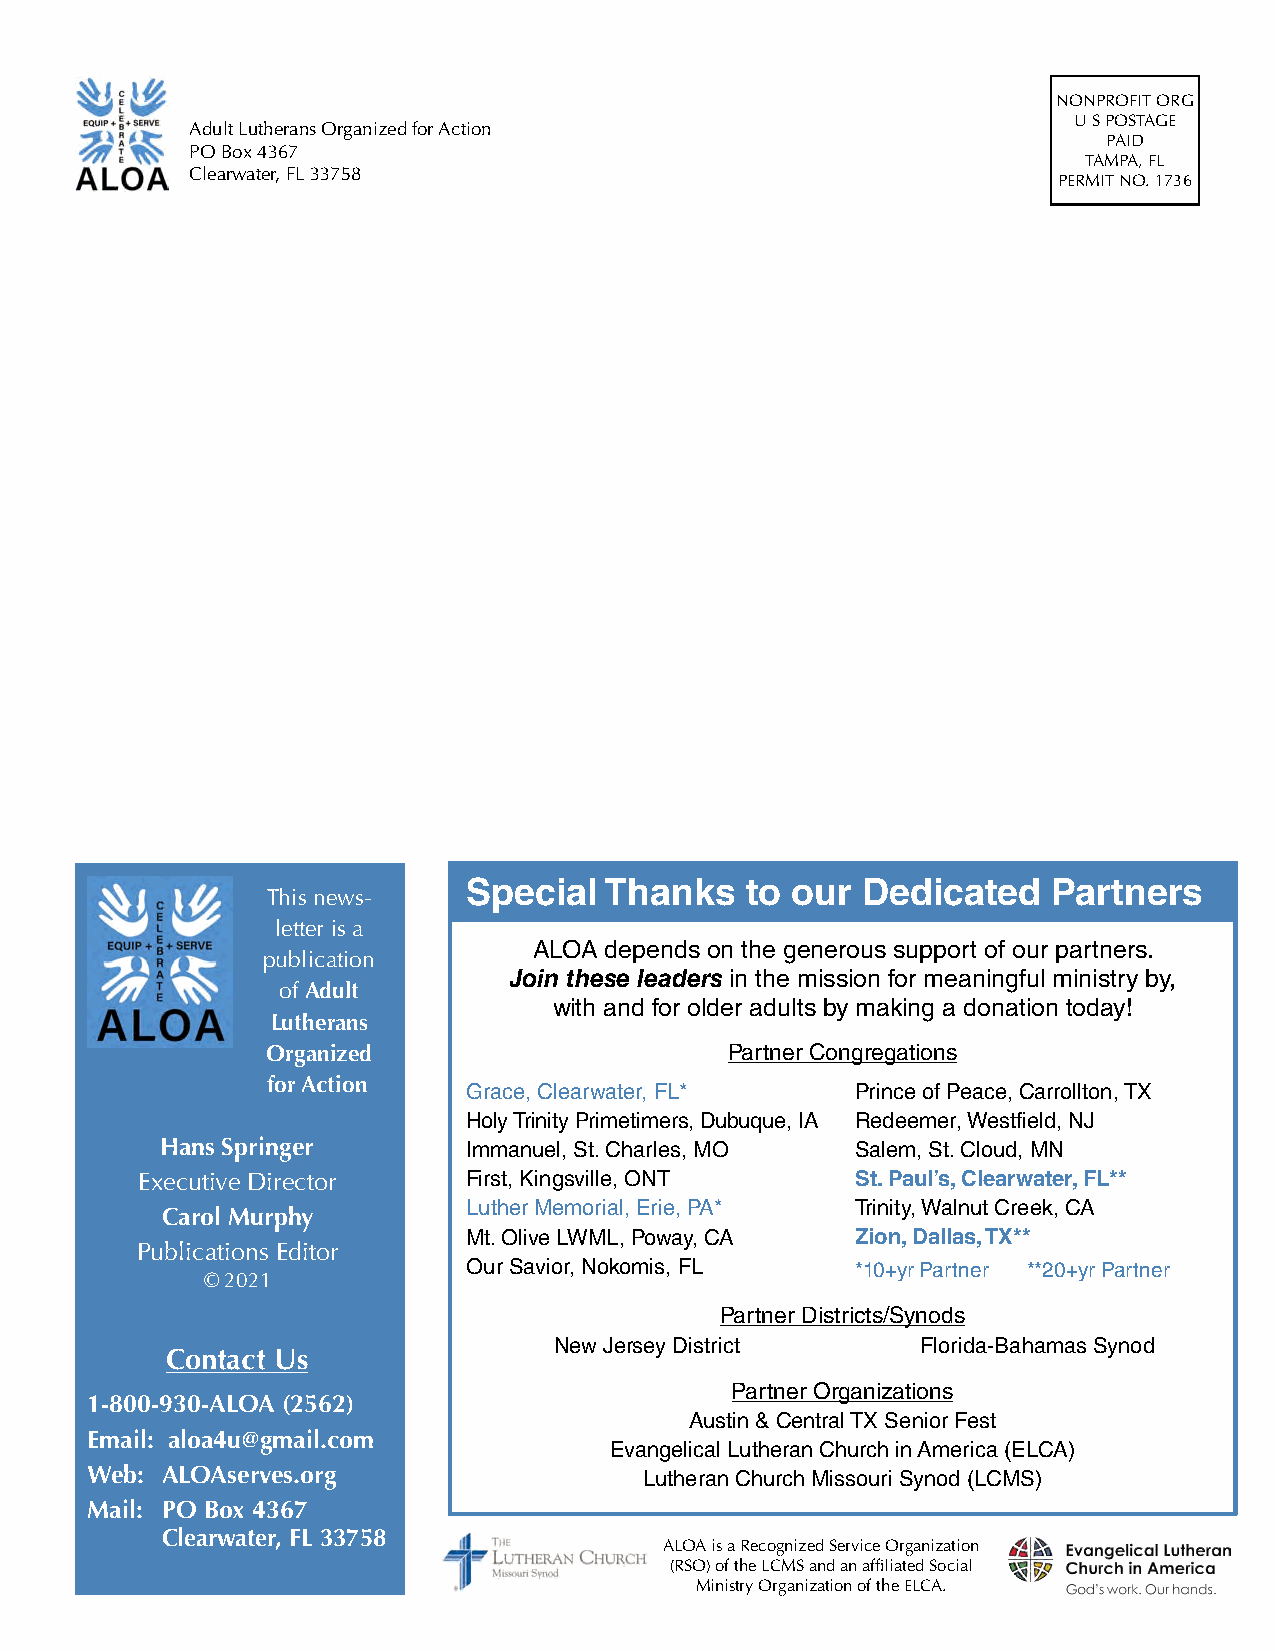
NONPROFIT ORG
 U S POSTAGE
 Adult Lutherans Organized for Action
 PAID
 PO Box 4367
 TAMPA, FL
 Clearwater, FL 33758
 PERMIT NO. 1736
 Special  Thanks   to our  Dedicated    Partners
 This news-
 letter is a
 ALOA depends on the generous support of our partners.
 publication
 Join these leaders in the mission for meaningful ministry by,
 of Adult
 with and for older adults by making a donation today!
 Lutherans
 Organized                     Partner Congregations
 for Action   Grace, Clearwater, FL*    Prince of Peace, Carrollton, TX
 Holy Trinity Primetimers, Dubuque, IA Redeemer, Westfield, NJ
 Hans Springer       Immanuel, St. Charles, MO Salem, St. Cloud, MN
 Executive Director    First, Kingsville, ONT    St. Paul’s, Clearwater, FL**
 Luther Memorial, Erie, PA* Trinity, Walnut Creek, CA
 Carol Murphy
 Mt. Olive LWML, Poway, CA Zion, Dallas, TX**
 Publications Editor
 Our Savior, Nokomis, FL   *10+yr Partner **20+yr Partner
 © 2021
 Partner Districts/Synods
 New Jersey District     Florida-Bahamas Synod
 Contact Us
 Partner Organizations
 1-800-930-ALOA (2562)
 Austin & Central TX Senior Fest
 Email: aloa4u@gmail.com
 Evangelical Lutheran Church in America (ELCA)
 Web: ALOAserves.org                  Lutheran Church Missouri Synod (LCMS)
 Mail: PO Box 4367
 Clearwater, FL 33758
 ALOA is a Recognized Service Organization
 (RSO) of the LCMS and an affiliated Social
 Ministry Organization of the ELCA.